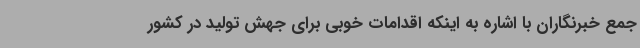
جمع خبرنگاران با اشاره به اینکه اقدامات خوبی برای جهش تولید در کشور